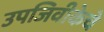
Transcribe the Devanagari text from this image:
उपजिवीकेचे